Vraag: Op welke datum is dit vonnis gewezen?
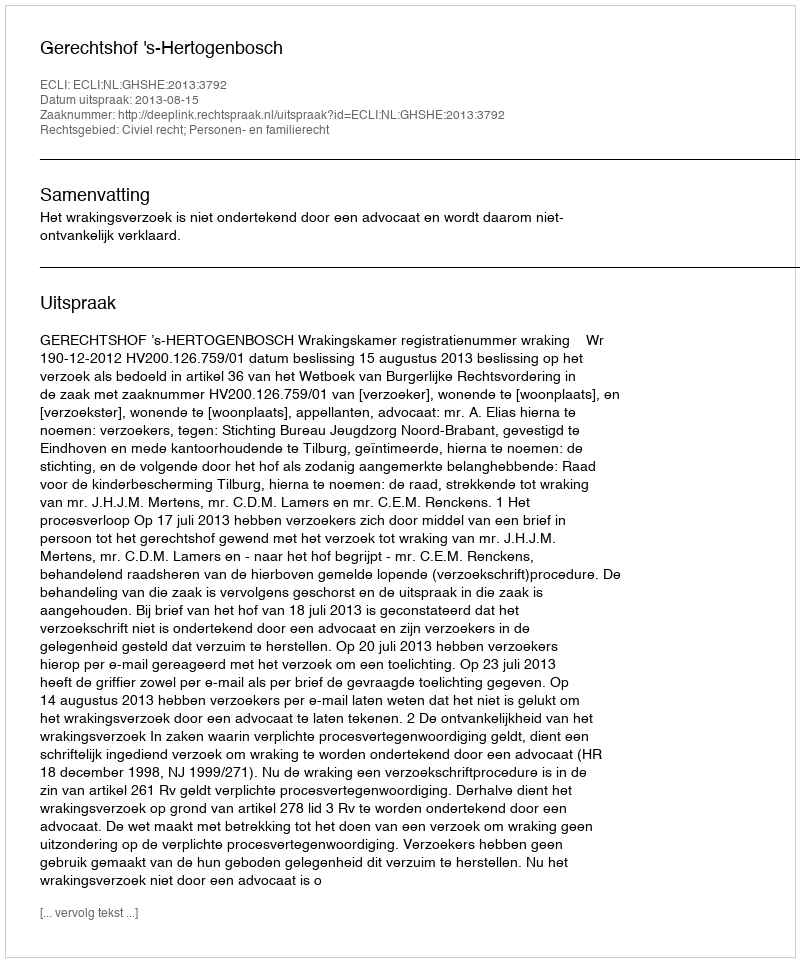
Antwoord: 2013-08-15